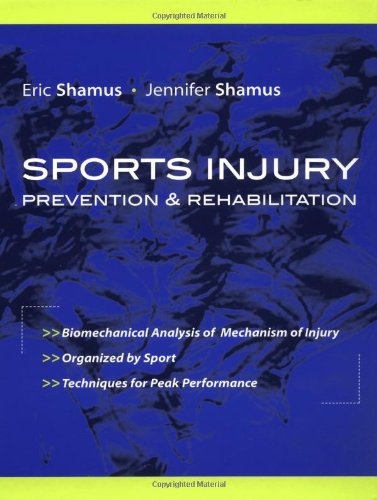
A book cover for Sports Injury Prevention and Rehabilitation; Eric Shamus; Health, Fitness & Dieting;